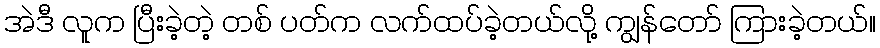
အဲဒီ လူက ပြီးခဲ့တဲ့ တစ် ပတ်က လက်ထပ်ခဲ့တယ်လို့ ကျွန်တော် ကြားခဲ့တယ်။